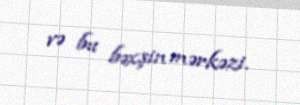
və bu bəxşin mərkəzi.